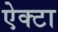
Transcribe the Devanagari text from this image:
ऐक्टा